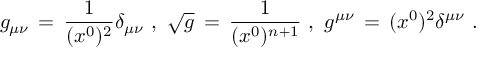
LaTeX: g _ { \mu \nu } \, = \, { \frac { 1 } { ( x ^ { 0 } ) ^ { 2 } } } \delta _ { \mu \nu } \, \, , \, \, \sqrt { g } \, = \, { \frac { 1 } { ( x ^ { 0 } ) ^ { n + 1 } } } \, \, , \, \, g ^ { \mu \nu } \, = \, ( x ^ { 0 } ) ^ { 2 } \delta ^ { \mu \nu } \, \, .